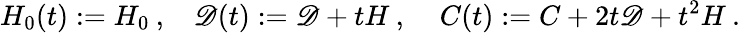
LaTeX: H_{0}(t):=H_{0}\: ,\: \: \: \: \mathscr{D}(t):=\mathscr{D}+tH\: ,\: \: \: \: \: C(t):=C+2t\mathscr{D}+t^{2}H\: .